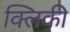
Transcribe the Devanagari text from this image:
क्लिकी